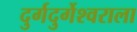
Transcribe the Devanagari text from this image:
दुर्गदुर्गेश्वराला